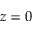
z = 0